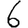
Digit: 6